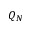
Q _ { N }